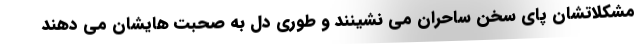
مشکلاتشان پای سخن ساحران می نشینند و طوری دل به صحبت هایشان می دهند